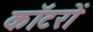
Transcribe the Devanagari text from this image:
कॉटरों